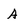
Character: A